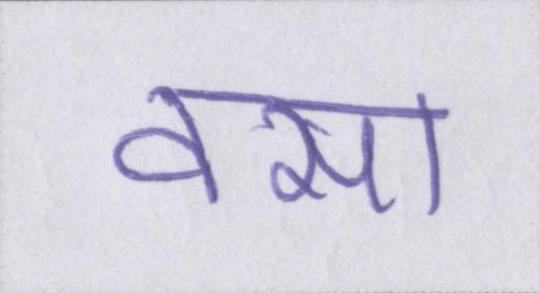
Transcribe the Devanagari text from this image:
वसा